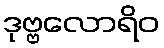
ဒုဗ္ဗလောရိဝ